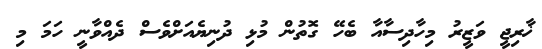
ޚާރިޖީ ވަޒީރު މިހާދިސާއާ ބެހޭ ގޮތުން މުޅި ދުނިޔެއަށްވެސް ދެއްވާނީ ހަމަ މި